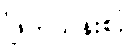
ဖြတ်သန်းစဉ်